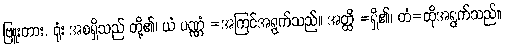
ဗြူးတား, ရုံး အစရှိသည် တို့၏၊ ယံ ပဏ္ဏံ =အကြင်အရွက်သည်။ အတ္ထိ =ရှိ၏၊ တံ=ထိုအရွက်သည်။